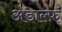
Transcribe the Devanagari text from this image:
अडाल्फ़